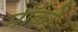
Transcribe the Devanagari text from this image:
मॉक्रो